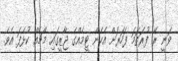
ވަނީ ރޭ ފުރަތަމަ ފަހަރަށް އެހެން ޓީމެއްގެ ޖާޒީގައި މެޗެއް ކުޅެފަ އެވެ.